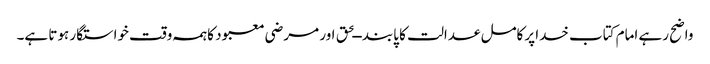
واضح رہے امام کتاب خدا پرکامل عدالت کا پابند ــحق اور مرضی معبود کاہمہ وقت خواستگار ہوتا ہے۔